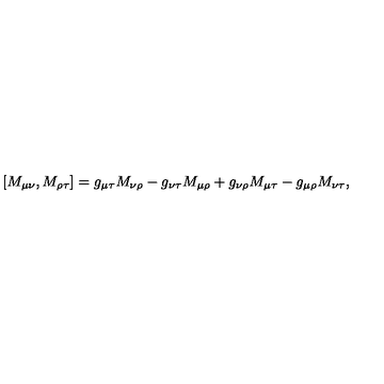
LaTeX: [ M _ { \mu \nu } , M _ { \rho \tau } ] = g _ { \mu \tau } M _ { \nu \rho } - g _ { \nu \tau } M _ { \mu \rho } + g _ { \nu \rho } M _ { \mu \tau } - g _ { \mu \rho } M _ { \nu \tau } ,